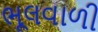
ભૂલવાળી